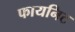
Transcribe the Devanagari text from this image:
फायनिट